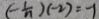
( - \frac { 1 } { n } ) ( - 2 ) = - 1